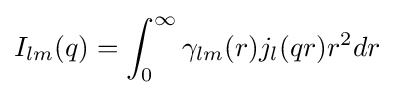
I_{lm}(q)=\int _{0}^{\infty }\gamma _{lm}(r)j_{l}(qr)r^{2}dr